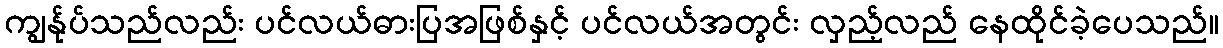
ကျွန်ုပ်သည်လည်း ပင်လယ်ဓားပြအဖြစ်နှင့် ပင်လယ်အတွင်း လှည့်လည် နေထိုင်ခဲ့ပေသည်။